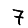
Digit: 7